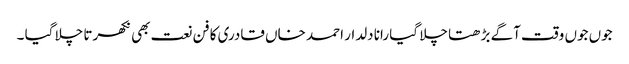
جوں جوں وقت آگے بڑھتا چلا گیا رانا دلدار احمد خاں قادری کا فن نعت بھی نکھرتا چلا گیا ۔